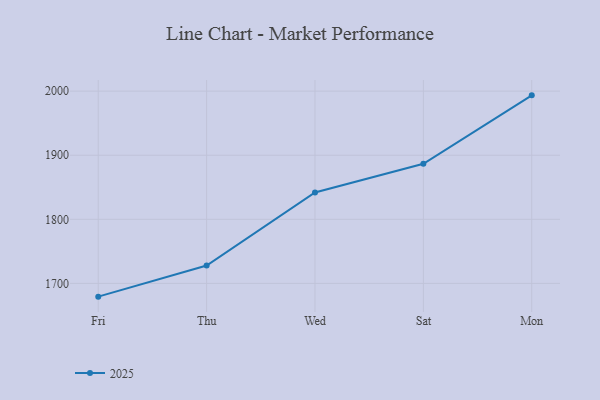
{"axis": {"x": "Day", "y": "Conversion Rate (%)"}, "legend": ["2025"], "data": [{"x": "Fri", "y": 1679.3, "type": "2025"}, {"x": "Thu", "y": 1727.8, "type": "2025"}, {"x": "Wed", "y": 1841.8, "type": "2025"}, {"x": "Sat", "y": 1886.7, "type": "2025"}, {"x": "Mon", "y": 1993.4, "type": "2025"}]}